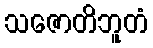
သဇောတိဘူတံ